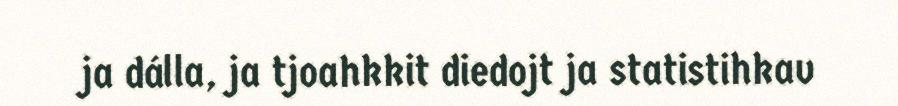
ja dálla, ja tjoahkkit diedojt ja statistihkav